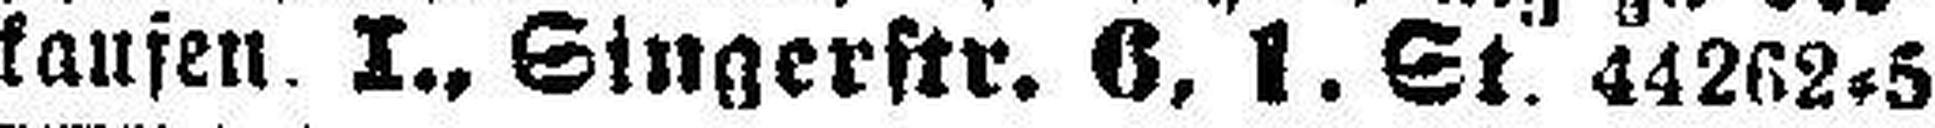
kaufen I., Singerstr. 6, 1. St 44262=5